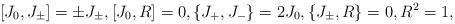
LaTeX: \begin{align*} [J_0,J_\pm]=\pm J_\pm,[J_0,R]=0,\{J_+,J_-\}=2J_0,\{J_\pm,R\}=0,R^2=1,\end{align*}